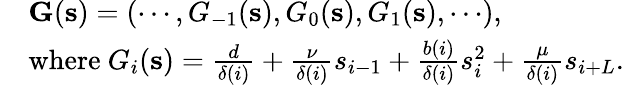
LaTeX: \begin{array}{rl}&{\mathbf{G}(\mathbf{s})=(\cdots,G_{-1}(\mathbf{s}),G_{0}(\mathbf{s}),G_{1}(\mathbf{s}),\cdots),}\\ &{\mathrm{where~}G_{i}(\mathbf{s})=\frac{d}{\delta(i)}+\frac{\nu}{\delta(i)}s_{i-1}+\frac{b(i)}{\delta(i)}s_{i}^{2}+\frac{\mu}{\delta(i)}s_{i+L}.}\end{array}